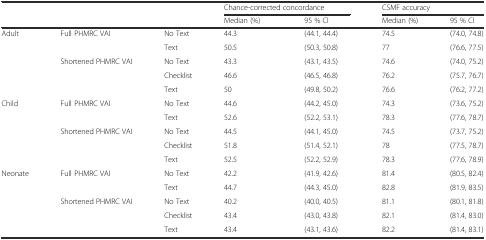
| <ROWSPAN=2-COLSPAN=3>  | <COLSPAN=2> Chance-corrected concordance | <COLSPAN=2> CSMF accuracy |
 | Median (%) | 95 % CI | Median (%) | 95 % CI |
 | --- | --- | --- | --- | --- | --- | --- |
 | <ROWSPAN=5> Adult | <ROWSPAN=2> Full PHMRC VAI | No Text | 44.3 | (44.1, 44.4) | 74.5 | (74.0, 74.8) |
 | Text | 50.5 | (50.3, 50.8) | 77 | (76.6, 77.5) |
 | <ROWSPAN=3> Shortened PHMRC VAI | No Text | 43.3 | (43.1, 43.5) | 74.6 | (74.0, 75.2) |
 | Checklist | 46.6 | (46.5, 46.8) | 76.2 | (75.7, 76.7) |
 | Text | 50 | (49.8, 50.2) | 76.6 | (76.2, 77.2) |
 | <ROWSPAN=5> Child | <ROWSPAN=2> Full PHMRC VAI | No Text | 44.6 | (44.2, 45.0) | 74.3 | (73.6, 75.2) |
 | Text | 52.6 | (52.2, 53.1) | 78.3 | (77.6, 78.7) |
 | <ROWSPAN=3> Shortened PHMRC VAI | No Text | 44.5 | (44.1, 45.0) | 74.5 | (73.7, 75.2) |
 | Checklist | 51.8 | (51.4, 52.1) | 78 | (77.5, 78.7) |
 | Text | 52.5 | (52.2, 52.9) | 78.3 | (77.6, 78.9) |
 | <ROWSPAN=5> Neonate | <ROWSPAN=2> Full PHMRC VAI | No Text | 42.2 | (41.9, 42.6) | 81.4 | (80.5, 82.4) |
 | Text | 44.7 | (44.3, 45.0) | 82.8 | (81.9, 83.5) |
 | <ROWSPAN=3> Shortened PHMRC VAI | No Text | 40.2 | (40.0, 40.5) | 81.1 | (80.1, 81.8) |
 | Checklist | 43.4 | (43.0, 43.8) | 82.1 | (81.4, 83.0) |
 | Text | 43.4 | (43.1, 43.6) | 82.2 | (81.4, 83.1) |